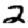
Digit: 2